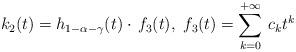
LaTeX: \begin{align*}k_2(t) = h_{1-\alpha-\gamma}(t) \cdot \, f_3(t),\ f_3(t)=\sum_{k=0}^{+\infty}\, c_k t^k \end{align*}